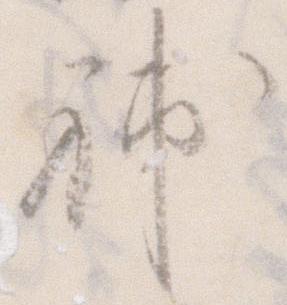
補